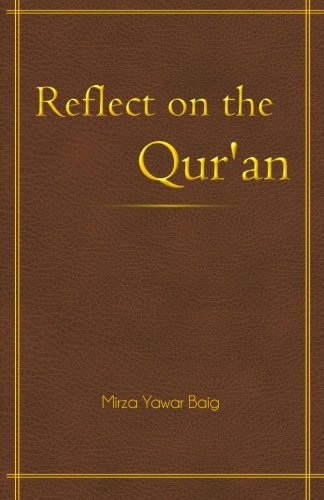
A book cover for Reflect on the Qur'an; Mirza Yawar Baig; Religion & Spirituality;